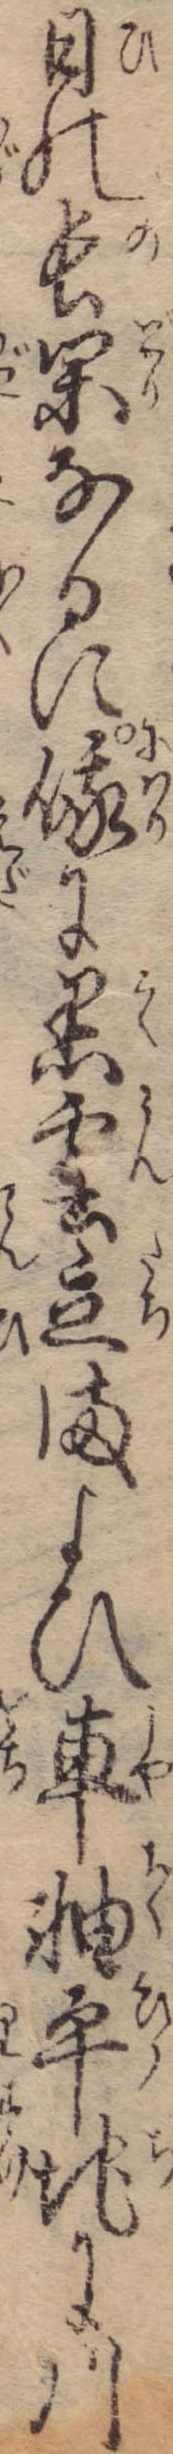
日の長閑なるに俄に黒雲立まよひ車軸平地に川